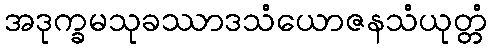
အဒုက္ခမသုခဿာဒသံယောဇနသံယုတ္တံ